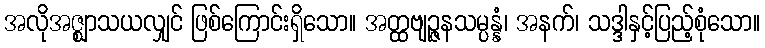
အလိုအဇ္ဈာသယလျှင် ဖြစ်ကြောင်းရှိသော။ အတ္ထဗျဉ္ဇနသမ္ပန္နံ၊ အနက်၊ သဒ္ဒါနှင့်ပြည့်စုံသော။